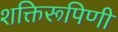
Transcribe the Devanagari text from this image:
शक्तिरूपिणी